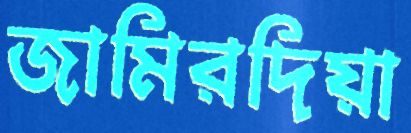
জামিরদিয়া